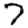
Digit: 7